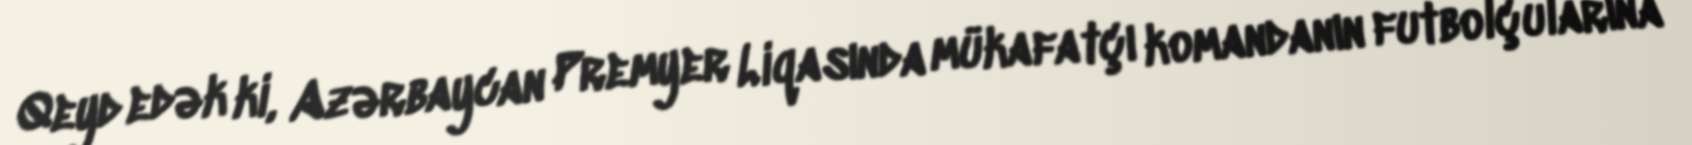
Qeyd edək ki, Azərbaycan Premyer Liqasında mükafatçı komandanın futbolçularına